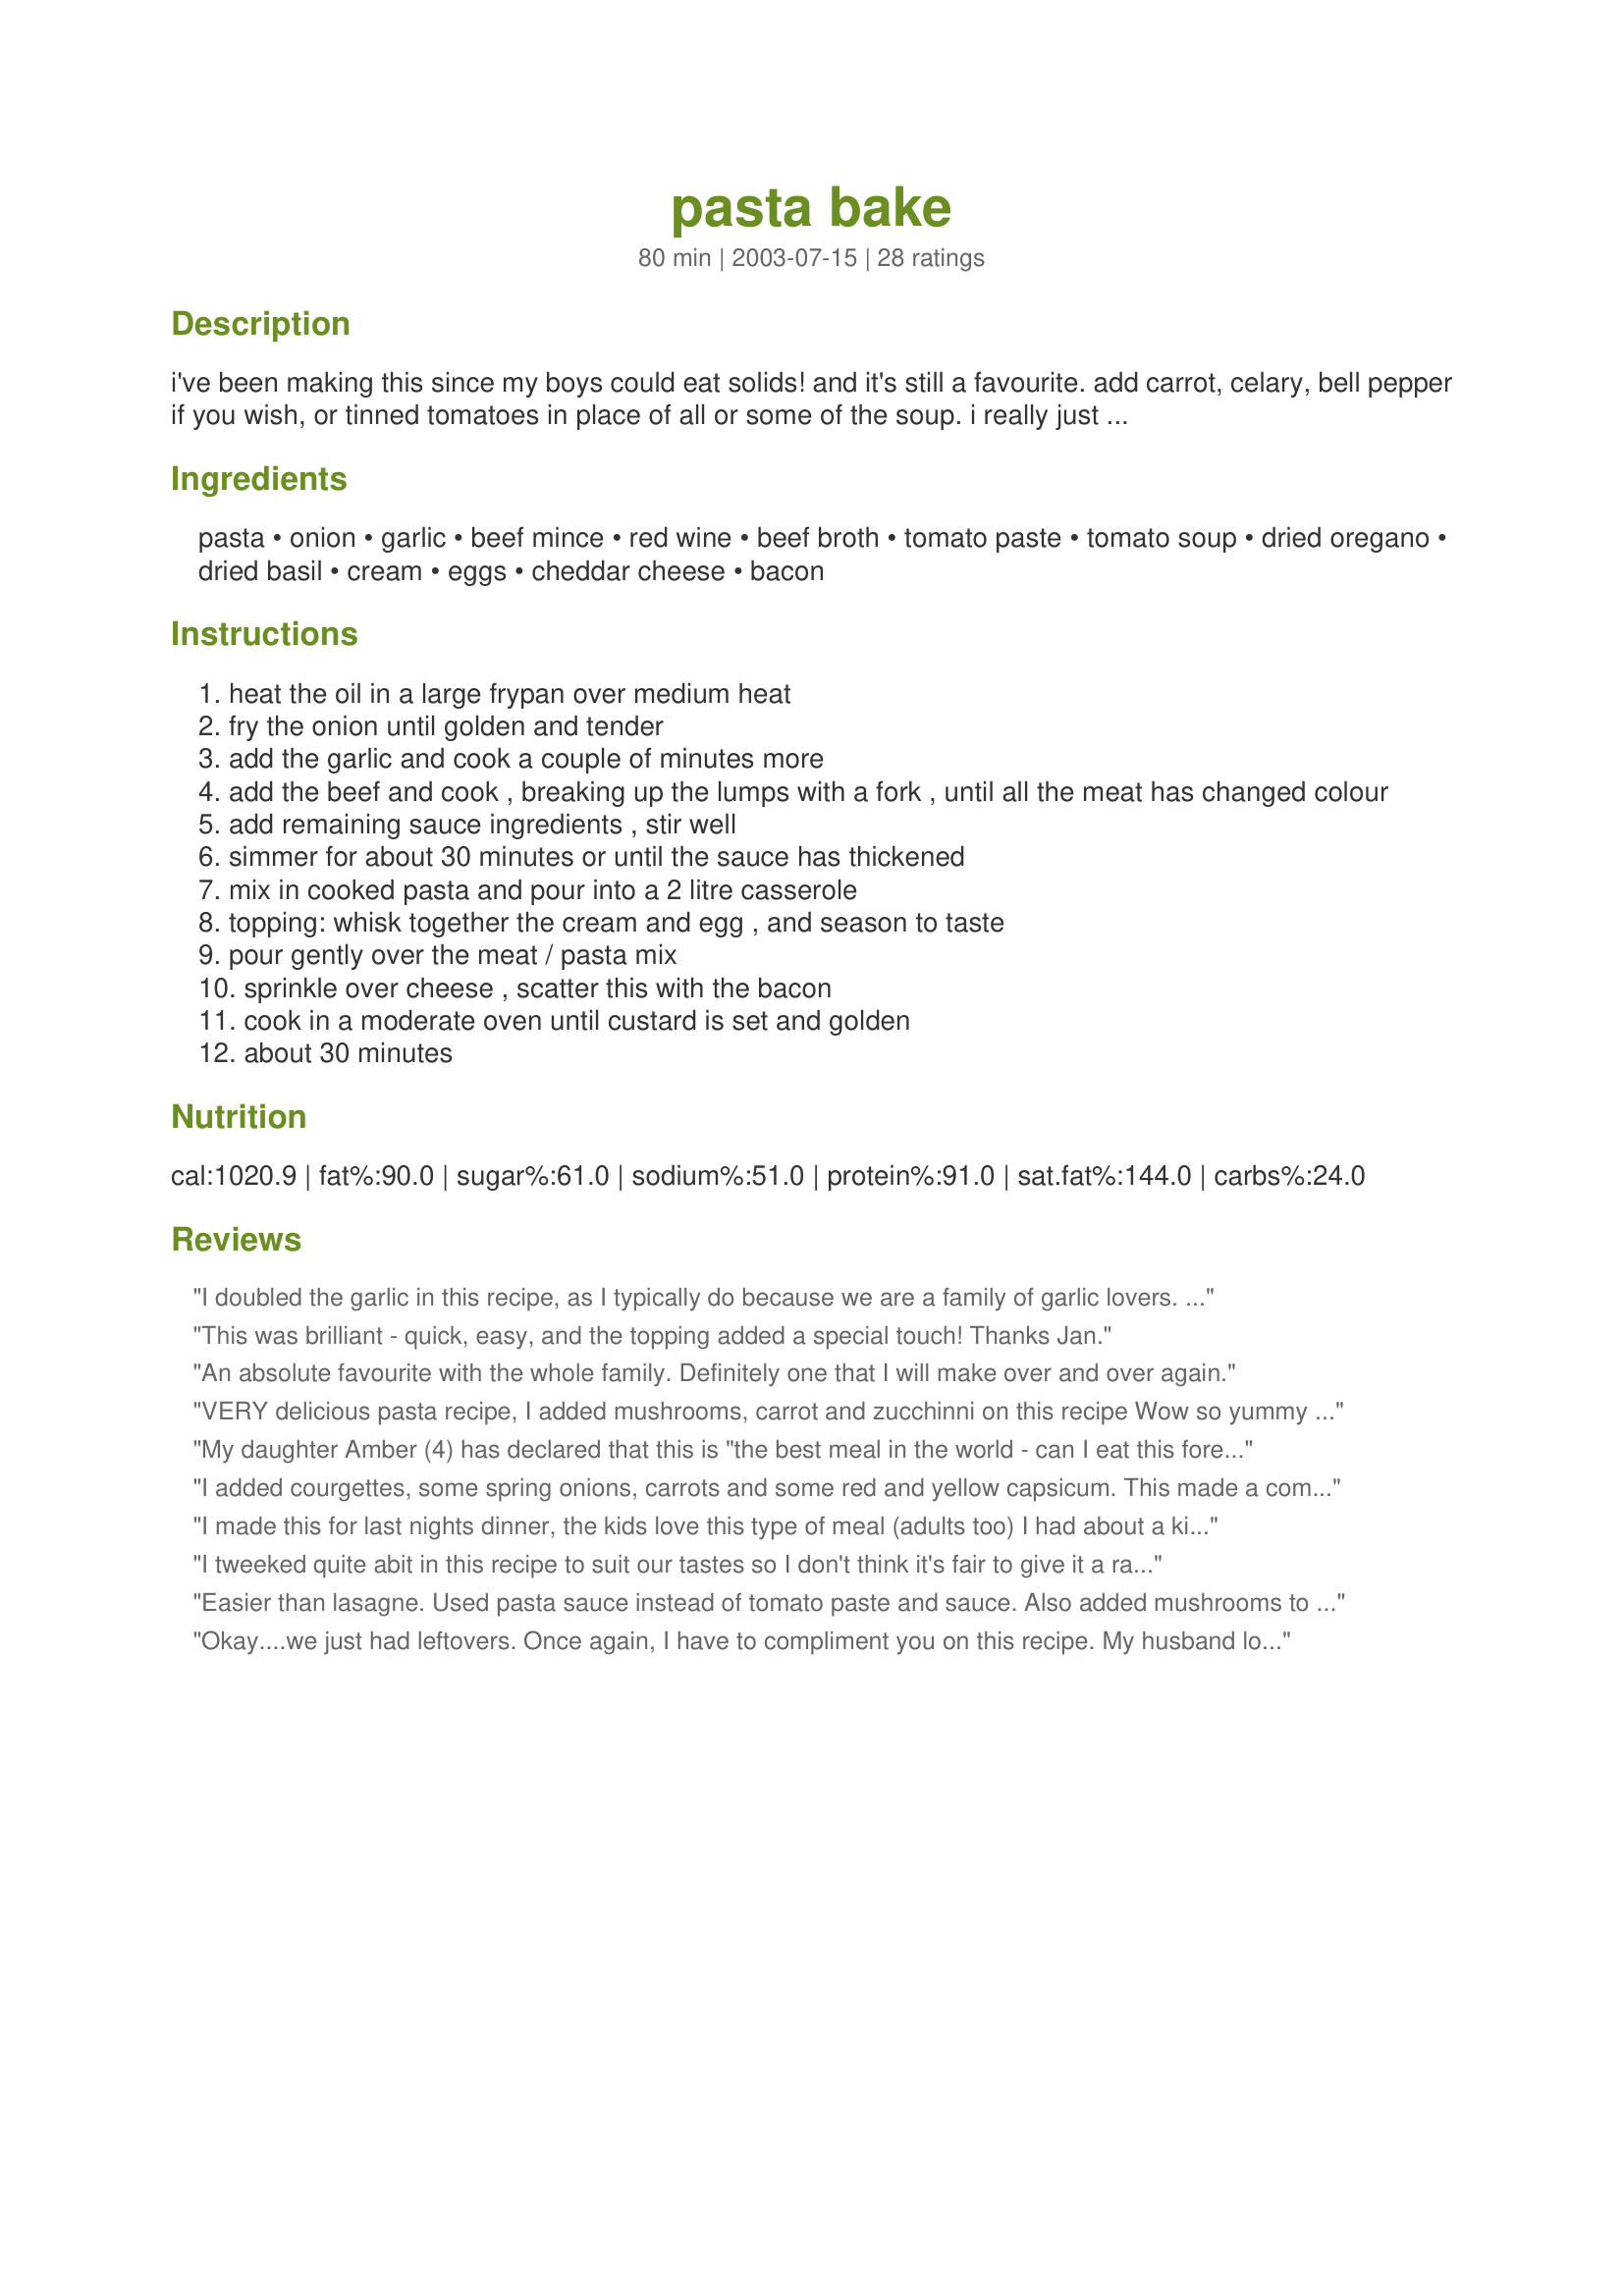
pasta bake
Preparation time: 80 minutes

i've been making this since my boys could eat solids! and it's still a favourite. add carrot, celary, bell pepper if you wish, or tinned tomatoes in place of all or some of the soup. i really just make it with what i have or need to use. i also love the custard on mashed potatoes or pumpkin baked in the oven.

Ingredients:
pasta, onion, garlic, beef mince, red wine, beef broth, tomato paste, tomato soup, dried oregano, dried basil, cream, eggs, cheddar cheese, bacon

Steps:
heat the oil in a large frypan over medium heat
fry the onion until golden and tender
add the garlic and cook a couple of minutes more
add the beef and cook , breaking up the lumps with a fork , until all the meat has changed colour
add remaining sauce ingredients , stir well
simmer for about 30 minutes or until the sauce has thickened
mix in cooked pasta and pour into a 2 litre casserole
topping: whisk together the cream and egg , and season to taste
pour gently over the meat / pasta mix
sprinkle over cheese , scatter this with the bacon
cook in a moderate oven until custard is set and golden
about 30 minutes

Reviews:
I doubled the garlic in this recipe, as I typically do because we are a family of garlic lovers. Other than that, I followed the recipe. My family enjoyed it!
This was brilliant - quick, easy, and the topping added a special touch! Thanks Jan.
An absolute favourite with the whole family. Definitely one that I will make over and over again.
VERY delicious pasta recipe, I added mushrooms, carrot and zucchinni on this recipe Wow so yummy and tasty, my french husband like it too,this is another recipe keeper, thanks for posting.Anne
My daughter Amber (4) has declared that this is "the best meal in the world - can I eat this forever?" Five stars from our family :)
I added courgettes, some spring onions, carrots and some red and yellow capsicum. This made a complete meal with leftovers for lunch tomorrow.
I made this for last nights dinner, the kids love this type of meal (adults too)
I had about a kilo of mince and it was still 'saucy' enough, I used a tin of chopped tomatoes instead of the soup.
Thanks for sharing.
I tweeked quite abit in this recipe to suit our tastes so I don't think it's fair to give it a rating yet. I used 1/2 can tom soup & 5 oz spaghetti sauce. I'm not a big fan of the red wine/broth/paste flavours so I added a few other spices during the simmering (ie. garlic peppercorn spice, garden herb mix etc) I also cut back the yogurt to 3/4 c & 1 egg for the topping. Thanks for sharing your recipe.
Easier than lasagne. Used pasta sauce instead of tomato paste and sauce. Also added mushrooms to onions and garlic. Did not need to simmer for 30 min before preparing for baking. Did not have cream on hand, so sub't 1/2 skim milk and 1/2 low fat sour cream. It was awesome- from what we remember since we ate it so fast! Thanks.
Okay....we just had leftovers. Once again, I have to compliment you on this recipe. My husband loved it, and so did I! It seems even better re-heated. 

Thanks for an easy, wonderful recipe!
cooked up a whole packet of pasta, and made two casseroles. when I added the egg mix it sank to the bottom and I thought 
"uh oh "
but it was wonderful. fed 7, was hoping for leftovers ......
hahahahaha didnt happen.
I was at my girlfriends today and she made this, it smelt so good and looked great...I just had to come home and find this recipe for myself! I am so excited about making this dish. Thanks Jan :) for putting the excitement back into my cooking!!
Thanks for a very tasty recipe!
However, I think I won't make it again, because it feels too immoral to me to use all these fat, high-cholesterol ingredients in one dish....
Big hit with my three hungry sons and hubby!! I make the mince mixure up as I go - sometimes lots of tomatoes sometimes not. I also add a tin of mixed beans too. I real winner thanks for sharing!! : - )
This was great!!!! Very simple to make and had such a great taste, the topping was scrummy, I added some mushrooms to ours, thanks for another great recipe, will be making this again for sure :-)
Very simple to cook (and with 2-month old baby I can't really spent much time cooking) and tasty. I added mushrooms and omitted bacon.
Made this yesterday for a Mothers Day Picnic (it was in a park 5 mins away, so pasta was still hot an hour later). It was a real hit. I agree - it's the topping that makes it. I used cream for the main one and milk for the small one for our tea tonight, and they were both great.
Such a delicious recipe! I put bacon only on 1/2 of the casserole as I knew I would like it better without, and hubby said he liked the bacon but would have liked it either way. I upped the amount of ground beef just a little to about 1 1/2 pounds. The only thing I would add is to drain the ground beef before adding the other ingredients. Thanks so much for such a terrific recipe!!
Real student grub that me and my friends enjoyed - we will be making this again and trying out different soups. We all live on pasta and look on recipezaar for new ideas - this was a great recipe, thanks.
This was great! I served it for a party with tons of kids. The adults and kids both loved it. I was worried that it would taste like tomato soup. I couldn't even tell. I uses all beef broth instead of wine.
Made this using low fat milk in place of the cream. (had forgetten to get some!!) This worked fine but I am sure would have been even better with the cream. Thanks Jan for a 'keeper':)
Well this was a big hit in my house. Even my husband who says he hates pasta loved this dish - he even had seconds. This was so yummy thanks Jan
Oh my goodness! I can't believe I haven't rated this recipe yet! I have made this about 4 times in the past 2 months because my family just LOVE it & keep asking for it! It's so simple & the taste it to DIE for! The topping on it really 'makes' this recipe - for us anyway. This recipe has become a regular & I nearly know it off by heart! And like you say, it's easy to throw in whatever ingredients you have got. This has made it into my personal recipe collection so thanks Jan :)
YUMMO! i tweaked it just a little....used fresh basil and oregano and also tin tomatoes instead of soup and white wine as i didn't have red. my bf and daughter loved it! thanks for sharing :):)
This is a great, easy dish. I'm a lifetime weight watchers member, so I healthied it up and cut back the calories a lot by making the following changes: use barilla plus whole grain pasta instead of regular, lean ground turkey as the meat, just a slight sprinkle of cheese, and whole milk instead of the cream. I also added some shredded zucchini and mushrooms to it. It was still super easy and absolutely delicious! However, I will say that if I am having company or trying to impress someone, it is AMAZING as is. I followed the recipe the first time, and boy, what comfort food!
This is beyond wonderful!! We love pasta bakse and this was a quick one to make!! 
Thanks for posting!!
Karen
Yummy!! Thanks for this recipe. We all enjoyed it and thought it was delicious. Even better, now I have a faster alternative to using a cheesey white sauce topping on my pastitsio. I just use this cream topping in your recipe minus the bacon and substitute grated parmesan instead of cheddar, add a dash of nutmeg and its all a lot easier.
Fantastic, this is quick and easy to make, I made this for work and it was gone in minutes.
